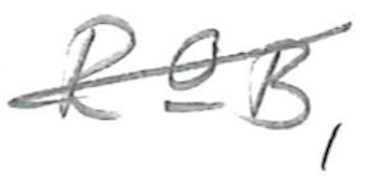
Text: R&B,
Cross-out: diagonal
Writing tool: pencil